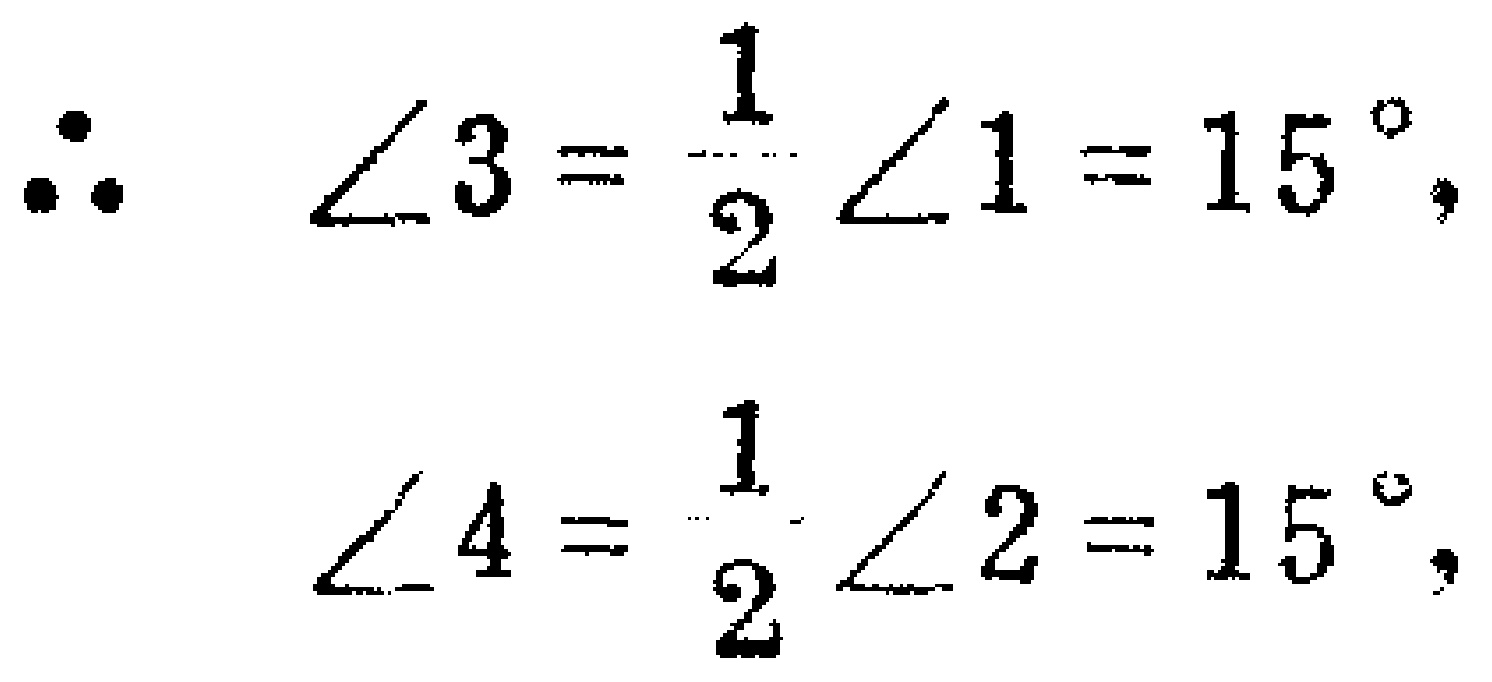
\(\therefore \angle 3 = \frac{1}{2} \angle 1 = 15^{\circ}, \)

\(\angle 4 = \frac{1}{2} \angle 2 = 15^{\circ},\)